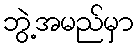
ဘွဲ့အမည်မှာ